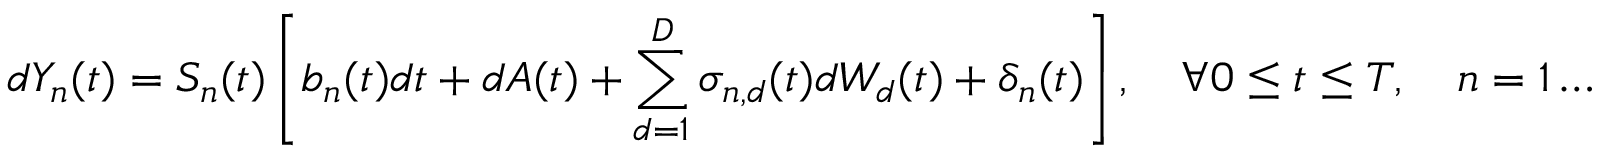
d Y _ { n } ( t ) = S _ { n } ( t ) \left[ b _ { n } ( t ) d t + d A ( t ) + \sum _ { d = 1 } ^ { D } \sigma _ { n , d } ( t ) d W _ { d } ( t ) + \delta _ { n } ( t ) \right] , \quad \forall 0 \leq t \leq T , \quad n = 1 \ldots N .